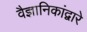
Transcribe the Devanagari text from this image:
वैज्ञानिकांद्वारे